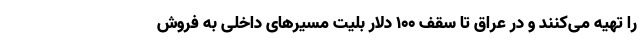
را تهیه می‌کنند و در عراق تا سقف ۱۰۰ دلار بلیت مسیر‌های داخلی به فروش